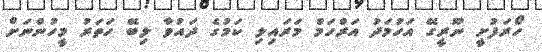
ހޯރަފުށީ ނޫރީގޭ އަހުމަދު އަރްހަމް މަރައިލި ކަމުގެ ދައުވާ ލިބޭ ހަތަރު މީހުންނަށް